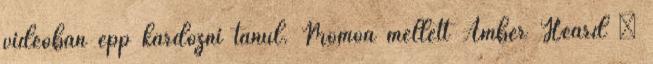
videóban épp kardozni tanul. Momoa mellett Amber Heard –